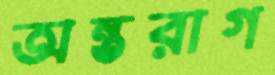
অন্তরাগ